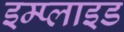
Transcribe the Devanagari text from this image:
इम्प्‍लाइड